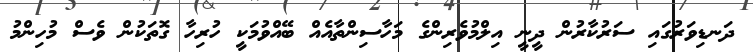
ދަނޑިވަރުގައި ސަރުކާރުން ދީނީ އިލްމުވެރިންގެ މަހާސިންތާއެއް ބޭއްވުމަކީ ހުރިހާ ގޮތަކުން ވެސް މުހިންމު